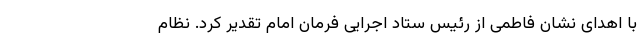
با اهدای نشان فاطمی از رئیس ستاد اجرایی فرمان امام تقدیر کرد. نظام